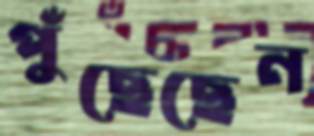
পুঁছেছেন